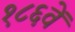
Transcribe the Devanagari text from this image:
१८६वें